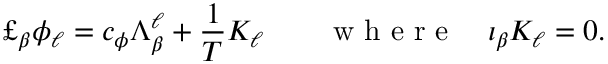
\pounds _ { \beta } \phi _ { \ell } = c _ { \phi } \Lambda _ { \beta } ^ { \ell } + \frac 1 T { \cal K } _ { \ell } \qquad \mathrm { ~ w ~ h ~ e ~ r ~ e ~ } \quad \iota _ { \beta } { \cal K } _ { \ell } = 0 .